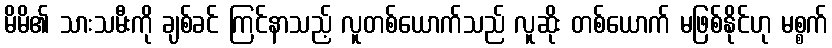
မိမိ၏ သားသမီးကို ချစ်ခင် ကြင်နာသည့် လူတစ်ယောက်သည် လူဆိုး တစ်ယောက် မဖြစ်နိုင်ဟု မစ္စက်